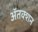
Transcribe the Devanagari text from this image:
ॲतक्शन